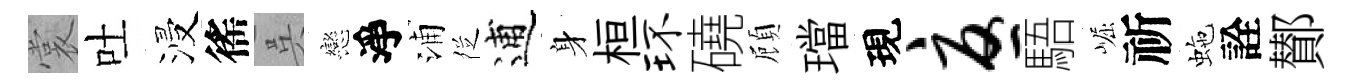
裳吐浸徭呉戀淨浦徔逋身桓环磽頋璫現忧䮏崛祈虵詮鄼